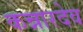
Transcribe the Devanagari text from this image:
कन्नारदेव